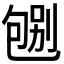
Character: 𠣶